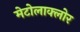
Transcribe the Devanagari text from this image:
मेटोलाक्‍लोर